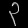
Digit: ၃